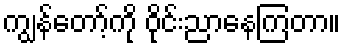
ကျွန်တော့်ကို ဝိုင်းညာနေကြတာ။